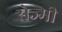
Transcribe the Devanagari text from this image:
सेज्मी